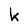
Character: k